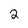
Character: 2